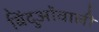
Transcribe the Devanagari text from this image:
बिंदुओंवाली